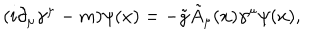
( i \partial _ { \mu } \gamma ^ { \mu } - m ) \psi ( x ) = - \tilde { g } \tilde { A } _ { \mu } ( x ) \gamma ^ { \mu } \psi ( x ) ,